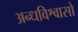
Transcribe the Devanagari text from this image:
अन्धविश्वासो